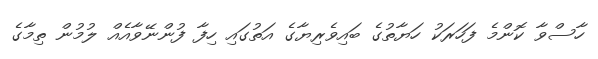
ހާސްވާ ކޮންމެ ފަހަރަކު ހަޔާތުގެ ބައިވެރިޔާގެ އަތުގައި ހިފާ ފުންނޭވާއެއް ލުމުން ތިމާގެ